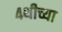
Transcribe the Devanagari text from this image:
४थीच्या